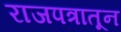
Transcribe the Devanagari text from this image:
राजपत्रातून